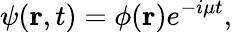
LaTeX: \psi({\mathbf{r}},t)=\phi(\mathbf{r})e^{-i\mu t},